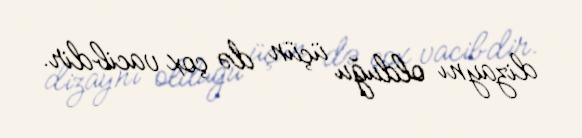
dizaynı olduğu üçün də çox vacibdir.